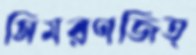
সিমরণজিত্